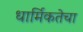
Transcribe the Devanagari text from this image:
धार्मिकतेचा